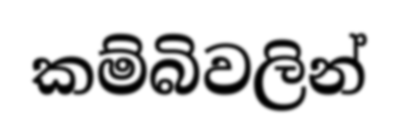
කම්බිවලින්